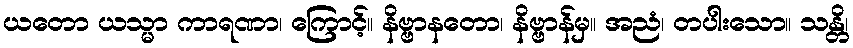
ယတော ယသ္မာ ကာရဏာ၊ ကြောင့်။ နိဗ္ဗာနတော၊ နိဗ္ဗာန်မှ။ အညံ၊ တပါးသော။ သန္တိ၊